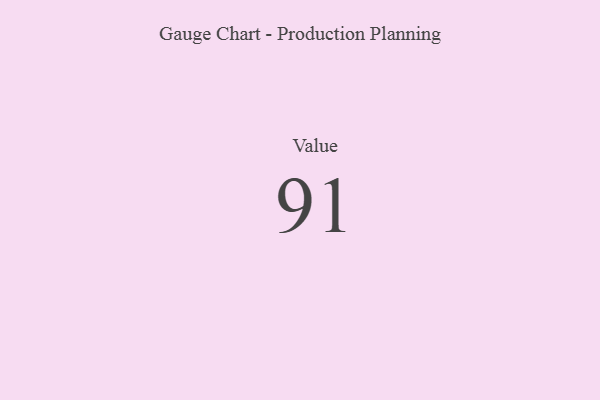
{"axis": {"x": "Metric", "y": "Value"}, "legend": [""], "data": [{"x": "Value", "y": 91, "type": ""}]}